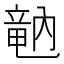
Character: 𥪞